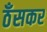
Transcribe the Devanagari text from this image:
ठँसकर